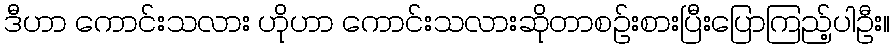
ဒီဟာ ကောင်းသလား ဟိုဟာ ကောင်းသလားဆိုတာစဉ်းစားပြီးပြောကြည့်ပါဦး။